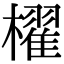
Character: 櫂